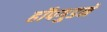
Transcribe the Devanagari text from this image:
हॉपगुडने